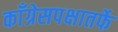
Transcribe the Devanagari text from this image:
काँग्रेसपक्षातर्फे